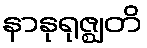
နာနုရုဇ္ဈတိ